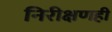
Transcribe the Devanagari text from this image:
निरीक्षणही